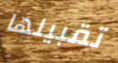
تقبيلها